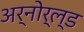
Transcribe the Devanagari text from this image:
अर्नोर्ल्ड